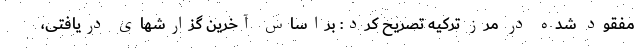
مفقود شده در مرز ترکیه تصریح کرد: براساس آخرین گزارشهای دریافتی،